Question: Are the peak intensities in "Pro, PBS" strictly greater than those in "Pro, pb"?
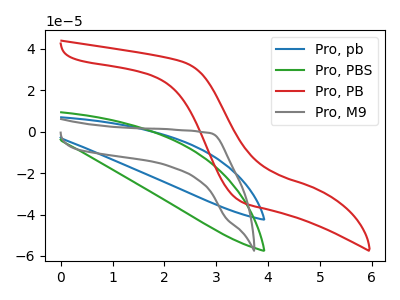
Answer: <think>The blue curve "Pro, pb" has no peaks. The green curve "Pro, PBS" has no peaks. The red curve "Pro, PB" has no peaks. The gray curve "Pro, M9" has no peaks.</think>
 <answer>Niether CV has any peaks.</answer>
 <eval>blanks</eval>